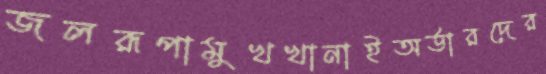
জলরূপামুখখানাইঅর্ডারদের